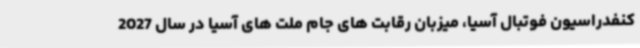
کنفدراسیون فوتبال آسیا، میزبان رقابت های جام ملت های آسیا در سال 2027